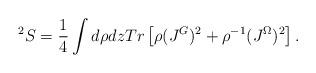
LaTeX: \begin{align*}^2S = \frac {1}{4}\int d\rho dz Tr\left [\rho (J^G)^2 + \rho ^{-1} (J^{\Omega})^2 \right ].\end{align*}